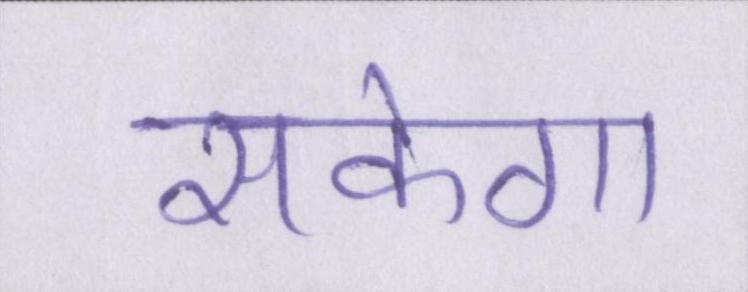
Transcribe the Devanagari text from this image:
सकेगा